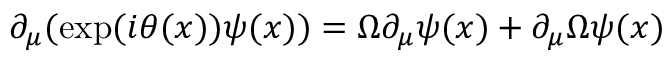
\partial _ { \mu } ( \exp ( i \theta ( x ) ) \psi ( x ) ) = \Omega \partial _ { \mu } \psi ( x ) + \partial _ { \mu } \Omega \psi ( x )